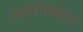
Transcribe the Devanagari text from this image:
स्पर्शासह्यता